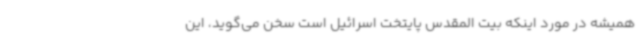
همیشه در مورد اینکه بیت المقدس پایتخت اسرائیل است سخن می‌گوید، این